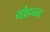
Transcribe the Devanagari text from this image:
योहन्न